Indian journal of veterinary science and animal husbandry - Volume 2,
Year: 1932
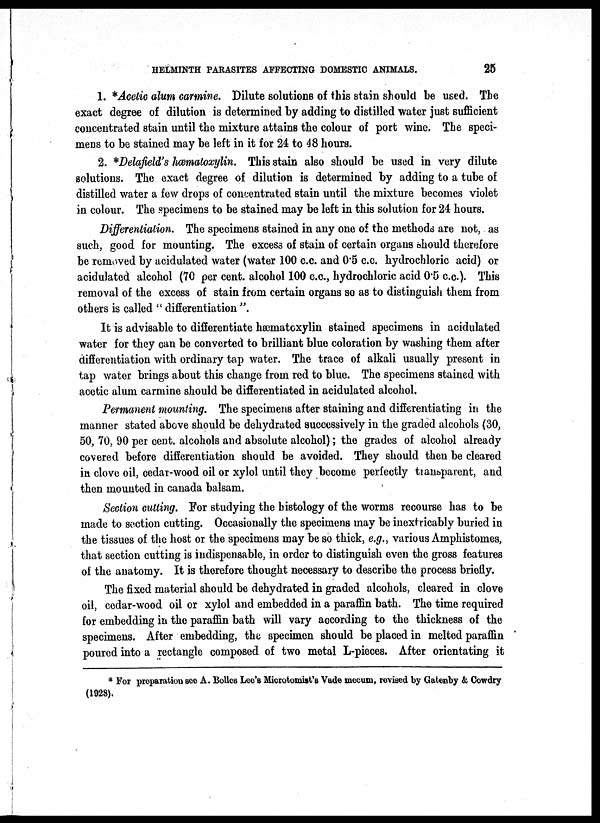
HELMINTH PARASITES AFFECTING DOMESTIC ANIMALS.
25
1. * Acetic alum carmine. Dilute solutions of this stain should be used. The
exact degree of dilution is determined by adding to distilled water just sufficient
concentrated stain until the mixture attains the colour of port wine. The speci-
mens to be stained may be left in it for 24 to 48 hours.
2. *Delafield's hæmatoxylin. This stain also should be used in very dilute
solutions. The exact degree of dilution is determined by adding to a tube of
distilled water a few drops of concentrated stain until the mixture becomes violet
in colour. The specimens to be stained may be left in this solution for 24 hours.
Differentiation. The specimens stained in any one of the methods are not, as
such, good for mounting. The excess of stain of certain organs should therefore
be removed by acidulated water (water 100 c.c. and 0.5 c.c. hydrochloric acid) or
acidulated alcohol (70 per cent. alcohol 100 c.c, hydrochloric acid 0.5 c.c.). This
removal of the excess of stain from certain organs so as to distinguish them from
others is called " differentiation ".
It is advisable to differentiate hæmatoxylin stained specimens in acidulated
water for they can be converted to brilliant blue coloration by washing them after
differentiation with ordinary tap water. The trace of alkali usually present in
tap water brings about this change from red to blue. The specimens stained with
acetic alum carmine should be differentiated in acidulated alcohol.
Permanent mounting. The specimens after staining and differentiating in the
manner stated above should be dehydrated successively in the graded alcohols (30,
50, 70, 90 per cent. alcohols and absolute alcohol); the grades of alcohol already
covered before differentiation should be avoided. They should then be cleared
in clove oil, cedar-wood oil or xylol until they become perfectly transparent, and
then mounted in canada balsam.
Section cutting. For studying the histology of the worms recourse has to be
made to section cutting. Occasionally the specimens may be inextricably buried in
the tissues of the host or the specimens may be so thick, e.g., various Amphistomes,
that section cutting is indispensable, in order to distinguish even the gross features
of the anatomy. It is therefore thought necessary to describe the process briefly.
The fixed material should be dehydrated in graded alcohols, cleared in clove
oil, cedar-wood oil or xylol and embedded in a paraffin bath. The time required
for embedding in the paraffin bath will vary according to the thickness of the
specimens. After embedding, the specimen should be placed in melted paraffin
poured into a rectangle composed of two metal L-pieces. After orientating it
* For preparation see A. Bolles Lee's Microtomist's Vade mecum, revised by Gatenby & Cowdry
(1928).